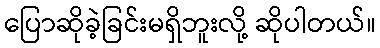
ပြောဆိုခဲ့ခြင်းမရှိဘူးလို့ ဆိုပါတယ်။